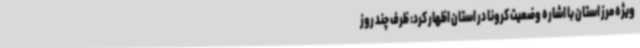
ویژه مرز استان با اشاره وضعیت کرونا در استان اظهار کرد: ظرف چند روز